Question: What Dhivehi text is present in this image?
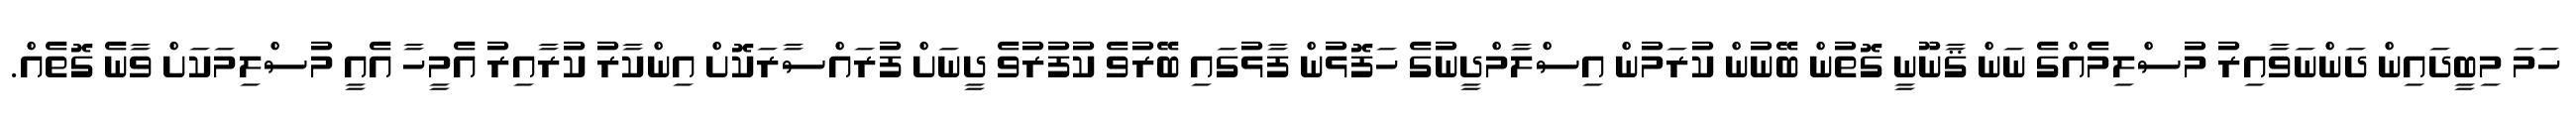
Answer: ހަމަ މިބީދައިން ދަންނަވާއިރު މުސްލިމެއްގެ ނަން ޤާނޫނީ ގޮތުން ބޭނުން ކުރަމުން އިސްލާމްދީނުގެ ހަފޮޅުން ފާޅުގައި ބޭރުވެ ކުފުރުވެ ދީނަށް ފުރައްސާރަކޮށް އިންކާރު ކުރާއިރު އެމީހާ އެއީ މުސްލިމަކަށް ވާނެ ގޮތެއް.